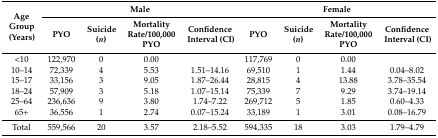
<table><thead><tr><td rowspan="2"><b>Age Group (Years)</b></td><td colspan="4"><b>Male</b></td><td colspan="4"><b>Female</b></td></tr><tr><td><b>PYO</b></td><td><b>Suicide (<i>n</i>)</b></td><td><b>Mortality Rate/100,000 PYO</b></td><td><b>Confidence Interval (CI)</b></td><td><b>PYO</b></td><td><b>Suicide (<i>n</i>)</b></td><td><b>Mortality Rate/100,000 PYO</b></td><td><b>Confidence Interval (CI)</b></td></tr></thead><tbody><tr><td>&lt;10 </td><td>122,970</td><td>0</td><td>0.00</td><td></td><td>117,769</td><td>0</td><td>0.00</td><td></td></tr><tr><td>10–14</td><td>72,339</td><td>4</td><td>5.53</td><td>1.51–14.16</td><td>69,510</td><td>1</td><td>1.44</td><td>0.04–8.02</td></tr><tr><td>15–17</td><td>33,156</td><td>3</td><td>9.05</td><td>1.87–26.44</td><td>28,815</td><td>4</td><td>13.88</td><td>3.78–35.54</td></tr><tr><td>18–24</td><td>57,909</td><td>3</td><td>5.18</td><td>1.07–15.14</td><td>75,339</td><td>7</td><td>9.29</td><td>3.74–19.14</td></tr><tr><td>25–64</td><td>236,636</td><td>9</td><td>3.80</td><td>1.74–7.22</td><td>269,712</td><td>5</td><td>1.85</td><td>0.60–4.33</td></tr><tr><td>65+</td><td>36,556</td><td>1</td><td>2.74</td><td>0.07–15.24</td><td>33,189</td><td>1</td><td>3.01</td><td>0.08–16.79</td></tr><tr><td>Total</td><td>559,566</td><td>20</td><td>3.57</td><td>2.18–5.52</td><td>594,335</td><td>18</td><td>3.03</td><td>1.79–4.79</td></tr></tbody></table>